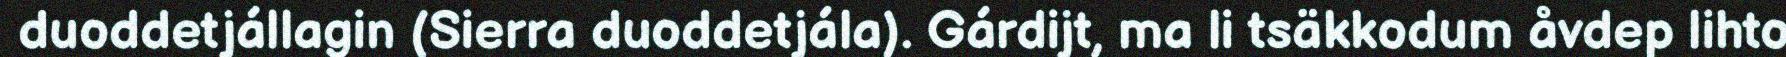
duoddetjállagin (Sierra duoddetjála). Gárdijt, ma li tsäkkodum åvdep lihto